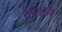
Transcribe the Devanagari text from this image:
कोकरे